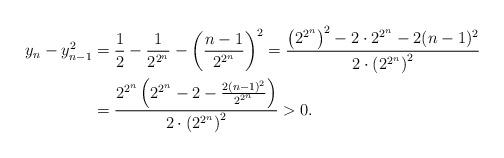
LaTeX: \begin{align*} y_n - y^2_{n-1} & = \frac{1}{2} - \frac{1}{2^{2^n}} - \left( \frac{n-1}{2^{2^n}} \right) ^2 = \frac{\left( 2^{2^n} \right) ^2 - 2\cdot 2^{2^n} - 2(n-1)^2}{ 2 \cdot \left( 2^{2^n} \right)^2} \\ & = \frac{2^{2^n} \left( 2^{2^n} - 2 - \frac{2(n-1)^2}{2^{2^n}}\right)}{ 2 \cdot \left( 2^{2^n} \right)^2} > 0.\end{align*}